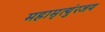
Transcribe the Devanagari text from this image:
महामृत्युंरजय